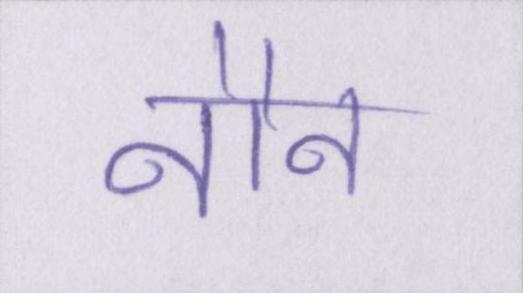
नौन